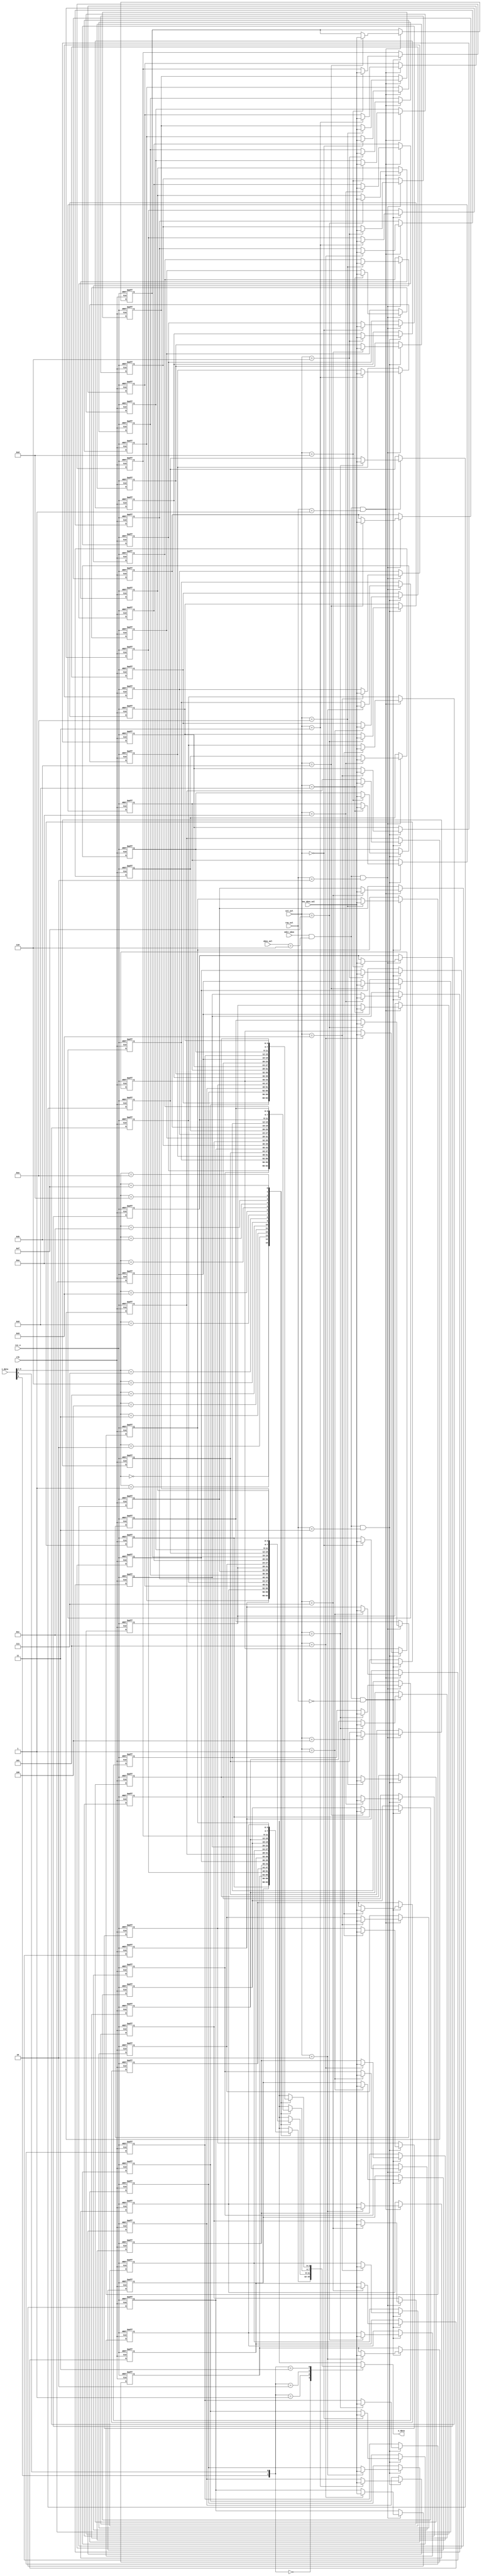
module sbox_7 (input wire clk,
                input wire rst_n,
                input wire [5:0] i_data,
                input wire edit_sbox,
                input wire [3:0] new_sbox_val,
                input wire [2:0] sbox_sel,
                input wire [1:0] row_sel,
                input wire [3:0] col_sel,
                output reg [3:0] o_data);

    /*********************************************************************************************************************************/
    /****************************************************** Assigning The Table ******************************************************/
    /*********************************************************************************************************************************/
    
    reg [3:0] row0_regs [0:15];
    reg [3:0] row1_regs [0:15];
    reg [3:0] row2_regs [0:15];
    reg [3:0] row3_regs [0:15];
    
    always @(posedge clk or negedge rst_n) begin
        if (!rst_n) begin
            row0_regs[0] <= 'd4;
            row0_regs[1] <= 'd11;
            row0_regs[2] <= 'd2;
            row0_regs[3] <= 'd14;
            row0_regs[4] <= 'd15;
            row0_regs[5] <= 'd0;
            row0_regs[6] <= 'd8;
            row0_regs[7] <= 'd13;
            row0_regs[8] <= 'd3;
            row0_regs[9] <= 'd12;
            row0_regs[10] <= 'd9;
            row0_regs[11] <= 'd7;
            row0_regs[12] <= 'd5;
            row0_regs[13] <= 'd10;
            row0_regs[14] <= 'd6;
            row0_regs[15] <= 'd1;
        end
        else if (edit_sbox && (sbox_sel == 4'd6) && (row_sel == 2'd0))
            row0_regs[col_sel] <= new_sbox_val;
    end
        
    always @(posedge clk or negedge rst_n) begin
        if (!rst_n) begin
            row1_regs[0] <= 'd13;
            row1_regs[1] <= 'd0;
            row1_regs[2] <= 'd11;
            row1_regs[3] <= 'd7;
            row1_regs[4] <= 'd4;
            row1_regs[5] <= 'd9;
            row1_regs[6] <= 'd1;
            row1_regs[7] <= 'd10;
            row1_regs[8] <= 'd14;
            row1_regs[9] <= 'd3;
            row1_regs[10] <= 'd5;
            row1_regs[11] <= 'd12;
            row1_regs[12] <= 'd2;
            row1_regs[13] <= 'd15;
            row1_regs[14] <= 'd8;
            row1_regs[15] <= 'd6;
        end
        else if (edit_sbox && (sbox_sel == 4'd6) && (row_sel == 2'd1))
            row1_regs[col_sel] <= new_sbox_val;
    end
            
    always @(posedge clk or negedge rst_n) begin
        if (!rst_n) begin
            row2_regs[0] <= 'd1;
            row2_regs[1] <= 'd4;
            row2_regs[2] <= 'd11;
            row2_regs[3] <= 'd13;
            row2_regs[4] <= 'd12;
            row2_regs[5] <= 'd3;
            row2_regs[6] <= 'd7;
            row2_regs[7] <= 'd14;
            row2_regs[8] <= 'd10;
            row2_regs[9] <= 'd15;
            row2_regs[10] <= 'd6;
            row2_regs[11] <= 'd8;
            row2_regs[12] <= 'd0;
            row2_regs[13] <= 'd5;
            row2_regs[14] <= 'd9;
            row2_regs[15] <= 'd2;
        end
        else if (edit_sbox && (sbox_sel == 4'd6) && (row_sel == 2'd2))
            row2_regs[col_sel] <= new_sbox_val;
    end
                
    always @(posedge clk or negedge rst_n) begin
        if (!rst_n) begin
            row3_regs[0] <= 'd6;
            row3_regs[1] <= 'd11;
            row3_regs[2] <= 'd13;
            row3_regs[3] <= 'd8;
            row3_regs[4] <= 'd1;
            row3_regs[5] <= 'd4;
            row3_regs[6] <= 'd10;
            row3_regs[7] <= 'd7;
            row3_regs[8] <= 'd9;
            row3_regs[9] <= 'd5;
            row3_regs[10] <= 'd0;
            row3_regs[11] <= 'd15;
            row3_regs[12] <= 'd14;
            row3_regs[13] <= 'd2;
            row3_regs[14] <= 'd3;
            row3_regs[15] <= 'd12;
        end
        else if (edit_sbox && (sbox_sel == 4'd6) && (row_sel == 2'd3))
            row3_regs[col_sel] <= new_sbox_val;
    end
                    
    /*********************************************************************************************************************************/
    /***************************************************** Selecting The Output ******************************************************/
    /*********************************************************************************************************************************/
    
    wire [1:0] o_row_sel;
    wire [3:0] o_col_sel = i_data [4:1];
    
    assign o_row_sel = {i_data[5], i_data[0]};
    
    always @(*) begin
        case (o_row_sel)
            2'b00:  o_data = row0_regs[o_col_sel];
            2'b01:  o_data = row1_regs[o_col_sel];
            2'b10:  o_data = row2_regs[o_col_sel];
            2'b11:  o_data = row3_regs[o_col_sel];
        endcase
    end
                    
endmodule